Indian journal of veterinary science and animal husbandry - Volume 9,
Year: 1939
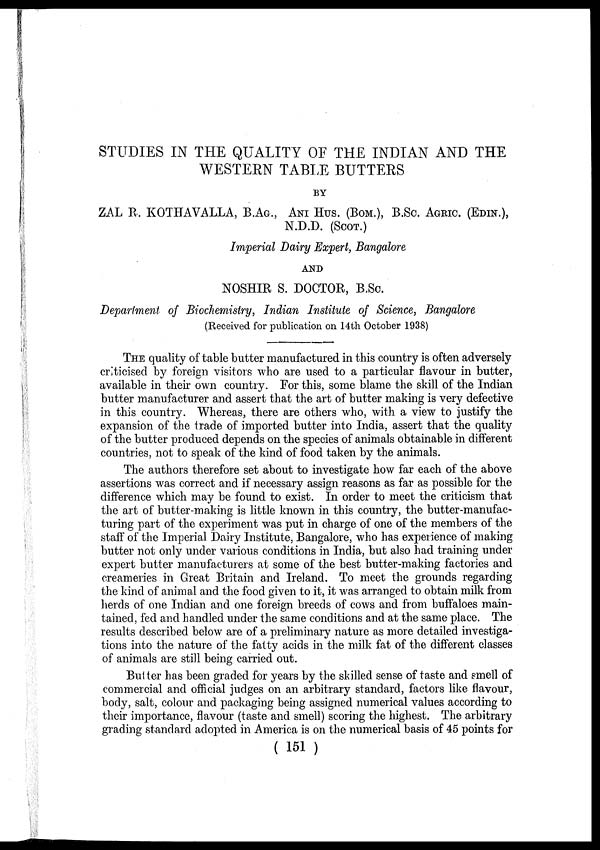
STUDIES IN THE QUALITY OF THE INDIAN AND THE
WESTERN TABLE BUTTERS
BY
ZAL R. KOTHAVALLA, B.AG., ANI HUS. (BOM.), B.Sc. AGRIC. (EDIN.),
N.D.D. (SCOT.)
Imperial Dairy Expert, Bangalore
AND
NOSHIR S. DOCTOR, B.Sc.
Department of Biochemistry, Indian Institute of Science, Bangalore
(Received for publication on 14th October 1938)
THE quality of table butter manufactured in this country is often adversely
criticised by foreign visitors who are used to a particular flavour in butter,
available in their own country. For this, some blame the skill of the Indian
butter manufacturer and assert that the art of butter making is very defective
in this country. Whereas, there are others who, with a view to justify the
expansion of the trade of imported butter into India, assert that the quality
of the butter produced depends on the species of animals obtainable in different
countries, not to speak of the kind of food taken by the animals.
The authors therefore set about to investigate how far each of the above
assertions was correct and if necessary assign reasons as far as possible for the
difference which may be found to exist. In order to meet the criticism that
the art of butter-making is little known in this country, the butter-manufac-
turing part of the experiment was put in charge of one of the members of the
staff of the Imperial Dairy Institute, Bangalore, who has experience of making
butter not only under various conditions in India, but also had training under
expert butter manufacturers at some of the best butter-making factories and
creameries in Great Britain and Ireland. To meet the grounds regarding
the kind of animal and the food given to it, it was arranged to obtain milk from
herds of one Indian and one foreign breeds of cows and from buffaloes main-
tained, fed and handled under the same conditions and at the same place. The
results described below are of a preliminary nature as more detailed investiga-
tions into the nature of the fatty acids in the milk fat of the different classes
of animals are still being carried out.
Butter has been graded for years by the skilled sense of taste and smell of
commercial and official judges on an arbitrary standard, factors like flavour,
body, salt, colour and packaging being assigned numerical values according to
their importance, flavour (taste and smell) scoring the highest. The arbitrary
grading standard adopted in America is on the numerical basis of 45 points for
( 151 )